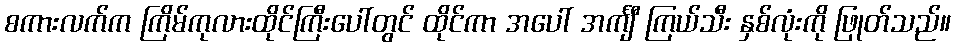
စကားလက်က ကြိမ်ကုလားထိုင်ကြီးပေါ်တွင် ထိုင်ကာ အပေါ် အင်္ကျီ ကြယ်သီး နှစ်လုံးကို ဖြုတ်သည်။